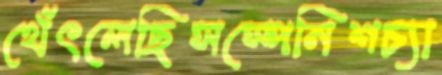
থেঁৎলেছিসস্পেনিশচ্যা